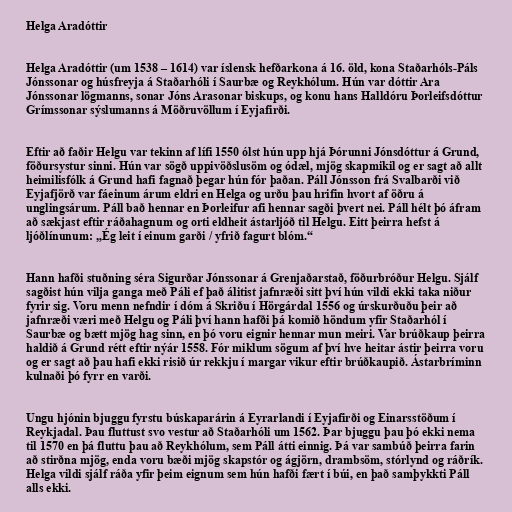
Helga Aradóttir

Helga Aradóttir (um 1538 – 1614) var íslensk hefðarkona á 16. öld, kona Staðarhóls-Páls
Jónssonar og húsfreyja á Staðarhóli í Saurbæ og Reykhólum. Hún var dóttir Ara
Jónssonar lögmanns, sonar Jóns Arasonar biskups, og konu hans Halldóru Þorleifsdóttur
Grímssonar sýslumanns á Möðruvöllum í Eyjafirði.

Eftir að faðir Helgu var tekinn af lífi 1550 ólst hún upp hjá Þórunni Jónsdóttur á Grund,
föðursystur sinni. Hún var sögð uppivöðslusöm og ódæl, mjög skapmikil og er sagt að allt
heimilisfólk á Grund hafi fagnað þegar hún fór þaðan. Páll Jónsson frá Svalbarði við
Eyjafjörð var fáeinum árum eldri en Helga og urðu þau hrifin hvort af öðru á
unglingsárum. Páll bað hennar en Þorleifur afi hennar sagði þvert nei. Páll hélt þó áfram
að sækjast eftir ráðahagnum og orti eldheit ástarljóð til Helgu. Eitt þeirra hefst á
ljóðlínunum: „Ég leit í einum garði / yfrið fagurt blóm.“

Hann hafði stuðning séra Sigurðar Jónssonar á Grenjaðarstað, föðurbróður Helgu. Sjálf
sagðist hún vilja ganga með Páli ef það álitist jafnræði sitt því hún vildi ekki taka niður
fyrir sig. Voru menn nefndir í dóm á Skriðu í Hörgárdal 1556 og úrskurðuðu þeir að
jafnræði væri með Helgu og Páli því hann hafði þá komið höndum yfir Staðarhól í
Saurbæ og bætt mjög hag sinn, en þó voru eignir hennar mun meiri. Var brúðkaup þeirra
haldið á Grund rétt eftir nýár 1558. Fór miklum sögum af því hve heitar ástir þeirra voru
og er sagt að þau hafi ekki risið úr rekkju í margar vikur eftir brúðkaupið. Ástarbríminn
kulnaði þó fyrr en varði.

Ungu hjónin bjuggu fyrstu búskaparárin á Eyrarlandi í Eyjafirði og Einarsstöðum í
Reykjadal. Þau fluttust svo vestur að Staðarhóli um 1562. Þar bjuggu þau þó ekki nema
til 1570 en þá fluttu þau að Reykhólum, sem Páll átti einnig. Þá var sambúð þeirra farin
að stirðna mjög, enda voru bæði mjög skapstór og ágjörn, drambsöm, stórlynd og ráðrík.
Helga vildi sjálf ráða yfir þeim eignum sem hún hafði fært í búi, en það samþykkti Páll
alls ekki.